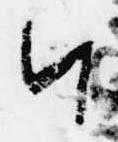
ハ